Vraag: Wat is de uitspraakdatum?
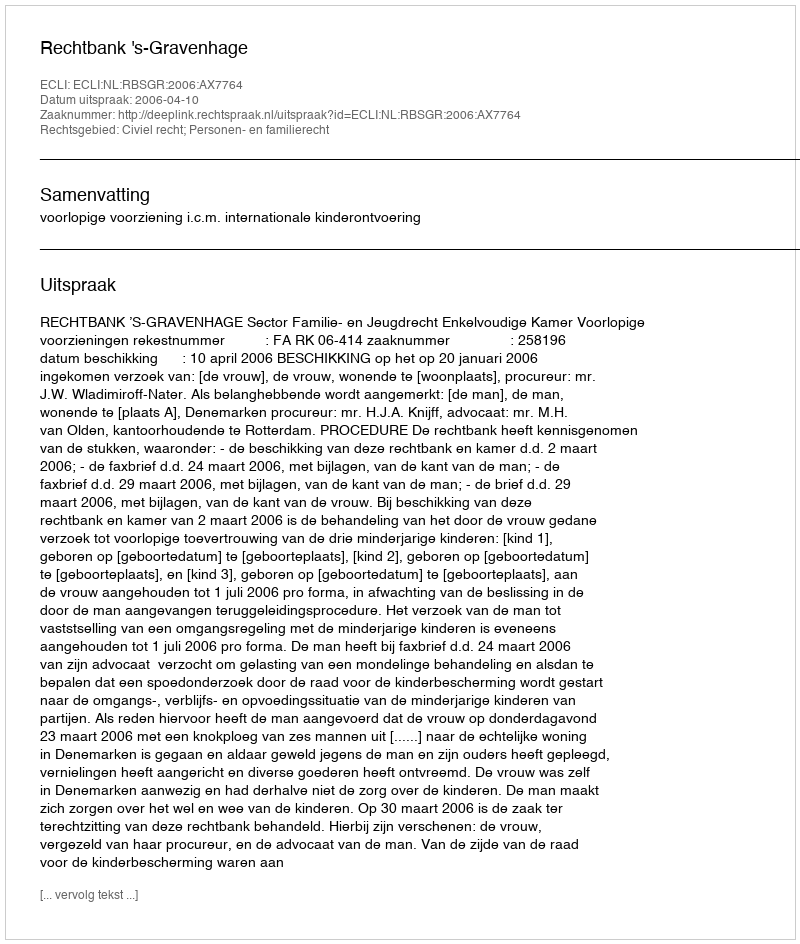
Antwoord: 2006-04-10